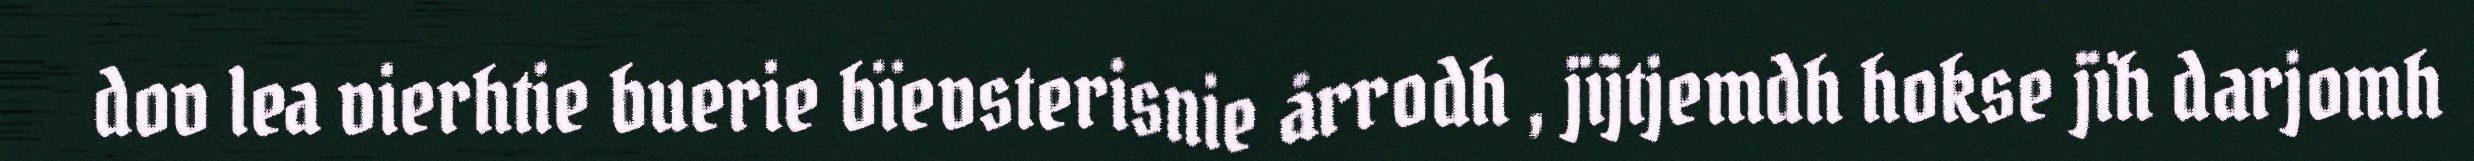
dov lea vierhtie buerie bïevsterisnie årrodh , jïjtjemdh hokse jïh darjomh